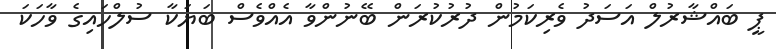
ޕީ ބައްޝާރުލް އަސަދު ވެރިކަމުން ދުރުކުރަން ބޭނުންވާ އެއްވެސް ބަޔަކާ ސުލްހައިގެ ވާހަކަ